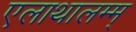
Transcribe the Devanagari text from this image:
एलाथालम्म्